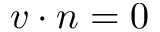
v \cdot n = 0